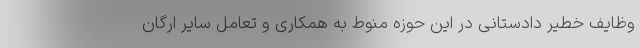
وظایف خطیر دادستانی در این حوزه منوط به همکاری و تعامل سایر ارگان